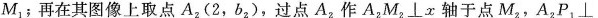
M_{1}﹔再在其图像上取点A_{2}(2，b_{2})，过点A_{2}作A_{2}M_{2}⊥x轴于点M_{2}，A_{2}P_{1}⊥